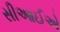
સીઆઈએ